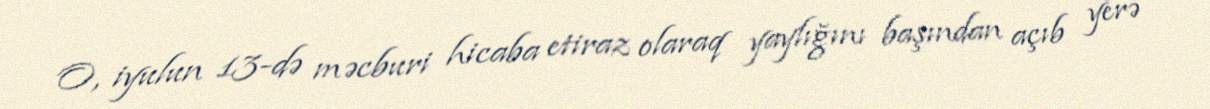
O, iyulun 13-də məcburi hicaba etiraz olaraq yaylığını başından açıb yerə